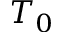
T _ { 0 }